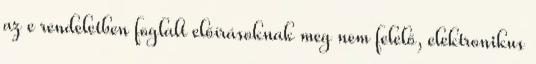
az e rendeletben foglalt előírásoknak meg nem felelő, elektronikus